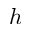
h